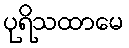
ပုရိသထာမေ